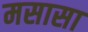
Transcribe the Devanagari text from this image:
मसासा